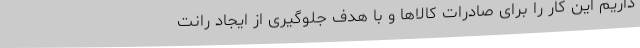
داریم این کار را برای صادرات کالاها و با هدف جلوگیری از ایجاد رانت